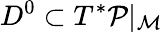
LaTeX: D^{0}\subset T^{*}{\cal P}{\vert_{\mathcal{M}}}